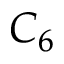
C _ { 6 }